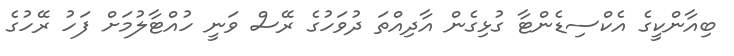
ބިއާންކީގެ އެކްސިޑެންޓާ ގުޅިގެން އާދިއްތަ ދުވަހުގެ ރޭސް ވަނީ ހުއްޓާލުމަށް ފަހު ރޭހުގެ